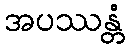
အပဿန္တံ